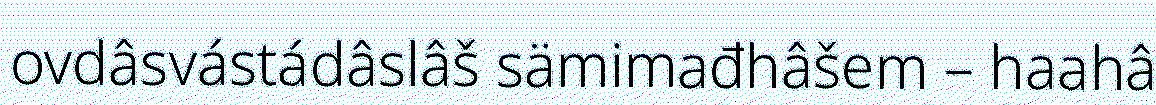
ovdâsvástádâslâš sämimađhâšem – haahâ